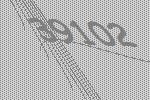
39102